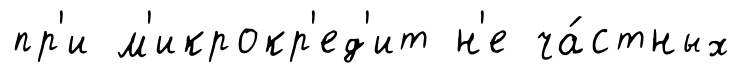
пр'и м'икрокр'ед'ит н'е ча́стных